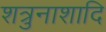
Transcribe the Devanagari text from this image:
शत्रुनाशादि